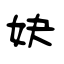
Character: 妜